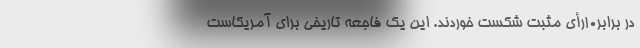
در برابر۱۰رأی مثبت شکست خوردند. این یک فاجعه تاریخی برای آمریکاست